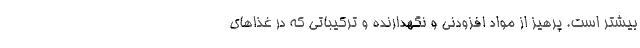
بیشتر است. پرهیز از مواد افزودنی و نگهدارنده و ترکیباتی که در غذاهای